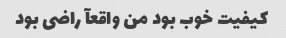
کیفیت خوب بود من واقعآ راضی بود